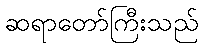
ဆရာတော်ကြီးသည်